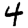
Digit: 4